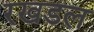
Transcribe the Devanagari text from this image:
रखडल